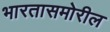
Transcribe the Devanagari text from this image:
भारतासमोरील